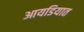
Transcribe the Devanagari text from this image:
आयडियात